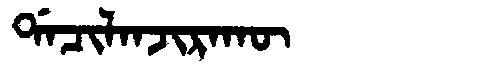
Manchu: ᡩᠠᠴᡳᠯᠠᠨᠵᡳᡵᠠᡴᡡ
Romanization: DACILANJIRAKŪ